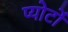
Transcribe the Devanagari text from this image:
प्योर्टो